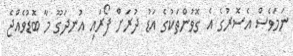
ނަމަވެސް އެސޮރުގެ އެ ގޮވުންތަކުގެ އަޑު ދުރަށް ފޯރައި އުނދަގޫ މާ ބޮޑުވެއްޖެ